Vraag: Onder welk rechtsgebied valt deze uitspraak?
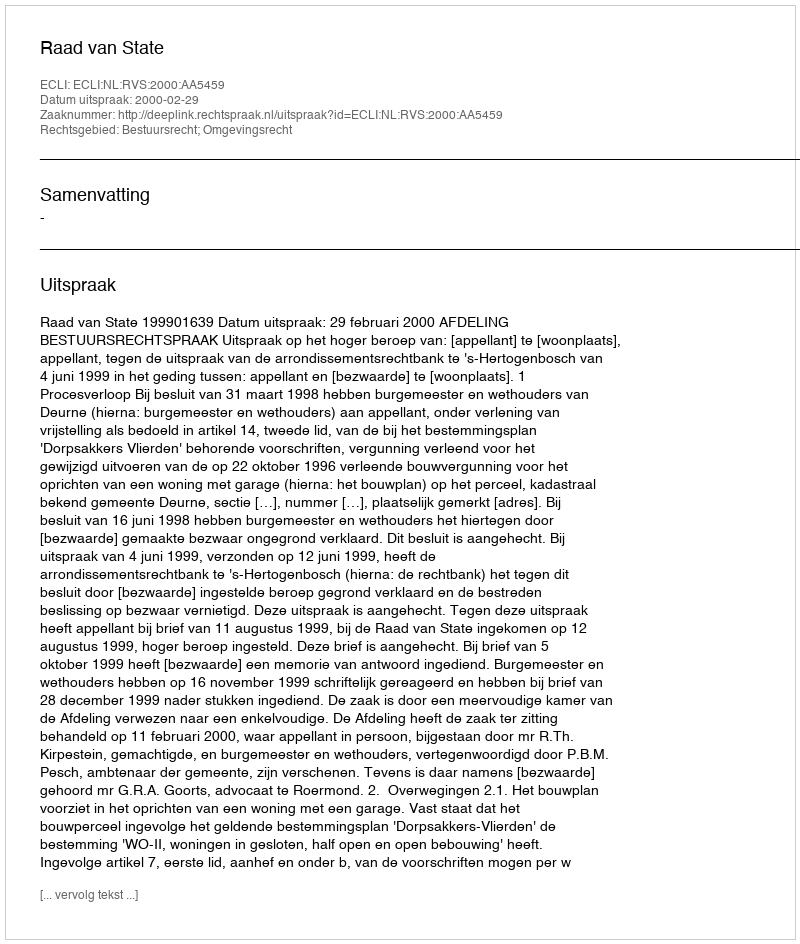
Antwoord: Bestuursrecht; Omgevingsrecht